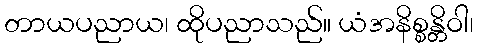
တာယပညာယ၊ ထိုပညာသည်။ ယံအနိစ္စန္တိဝါ၊